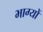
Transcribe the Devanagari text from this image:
भाग्यों